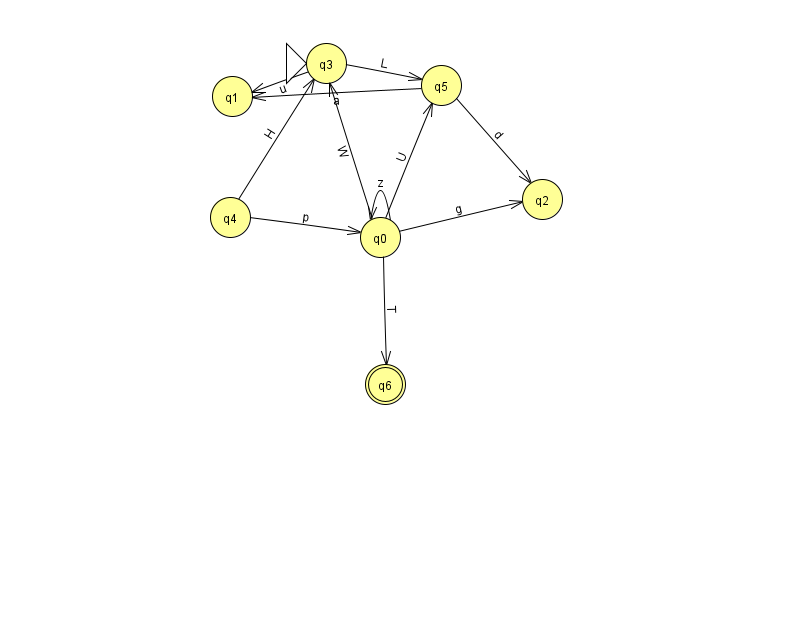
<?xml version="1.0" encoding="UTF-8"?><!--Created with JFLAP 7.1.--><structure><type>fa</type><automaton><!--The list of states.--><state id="0" name="q0"><x>380.0</x><y>224.0</y></state><state id="1" name="q1"><x>232.0</x><y>83.0</y></state><state id="2" name="q2"><x>542.0</x><y>186.0</y></state><state id="3" name="q3"><x>326.0</x><y>50.0</y><initial/></state><state id="4" name="q4"><x>230.0</x><y>204.0</y></state><state id="5" name="q5"><x>441.0</x><y>72.0</y></state><state id="6" name="q6"><x>385.0</x><y>371.0</y><final/></state><!--The list of transitions.--><transition><from>0</from><to>2</to><read>g</read></transition><transition><from>0</from><to>6</to><read>T</read></transition><transition><from>0</from><to>3</to><read>W</read></transition><transition><from>0</from><to>5</to><read>U</read></transition><transition><from>4</from><to>3</to><read>H</read></transition><transition><from>5</from><to>2</to><read>d</read></transition><transition><from>0</from><to>0</to><read>z</read></transition><transition><from>4</from><to>0</to><read>p</read></transition><transition><from>3</from><to>1</to><read>u</read></transition><transition><from>3</from><to>5</to><read>L</read></transition><transition><from>5</from><to>1</to><read>a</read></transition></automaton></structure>